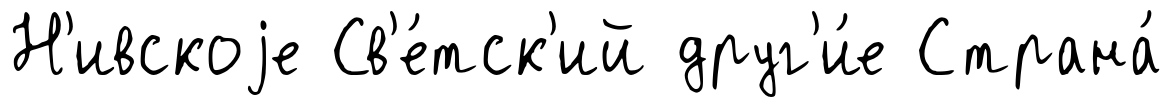
Н'ивскоjе Св'е́тск'ий друг'и́е Страна́